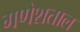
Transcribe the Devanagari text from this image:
गणेशताल